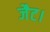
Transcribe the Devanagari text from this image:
जैट।